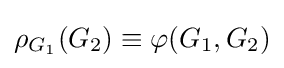
\rho _{G_{1}}(G_{2})\equiv \varphi (G_{1},G_{2})